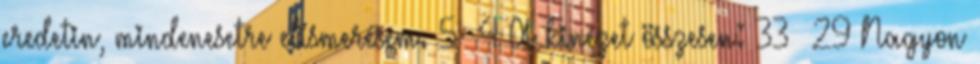
eredetin, mindenesetre elismerésem. 5 4 A kinézet összesen: 33 29 Nagyon